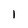
Character: 1